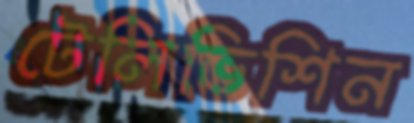
টেলিভিশিন